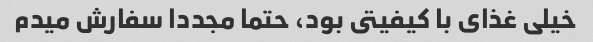
خیلى غذاى با کیفیتى بود، حتما مجددا سفارش میدم